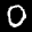
Label: 0